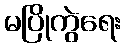
မပြိုကွဲရေး